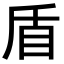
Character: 盾